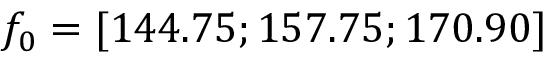
f _ { 0 } = [ 1 4 4 . 7 5 ; 1 5 7 . 7 5 ; 1 7 0 . 9 0 ]